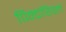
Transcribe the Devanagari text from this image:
पिक्टोरियल